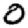
Digit: 0